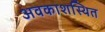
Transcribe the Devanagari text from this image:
अवकाशस्थित